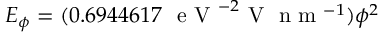
E _ { \phi } = ( 0 . 6 9 4 4 6 1 7 ~ \mathrm { ~ e ~ V ~ } ^ { - 2 } \mathrm { ~ V ~ } \mathrm { ~ n ~ m ~ } ^ { - 1 } ) \phi ^ { 2 }